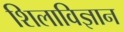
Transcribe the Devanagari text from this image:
शिलाविज्ञान